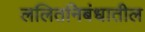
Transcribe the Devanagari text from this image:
ललितनिबंधातील